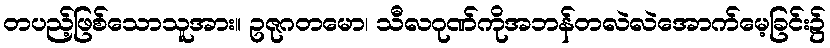
တပည့်ဖြစ်သောသူအား။ ဥဇုဂတမော၊ သီလဂုဏ်ကိုအဘန်တလဲလဲအောက်မေ့ခြင်း၌